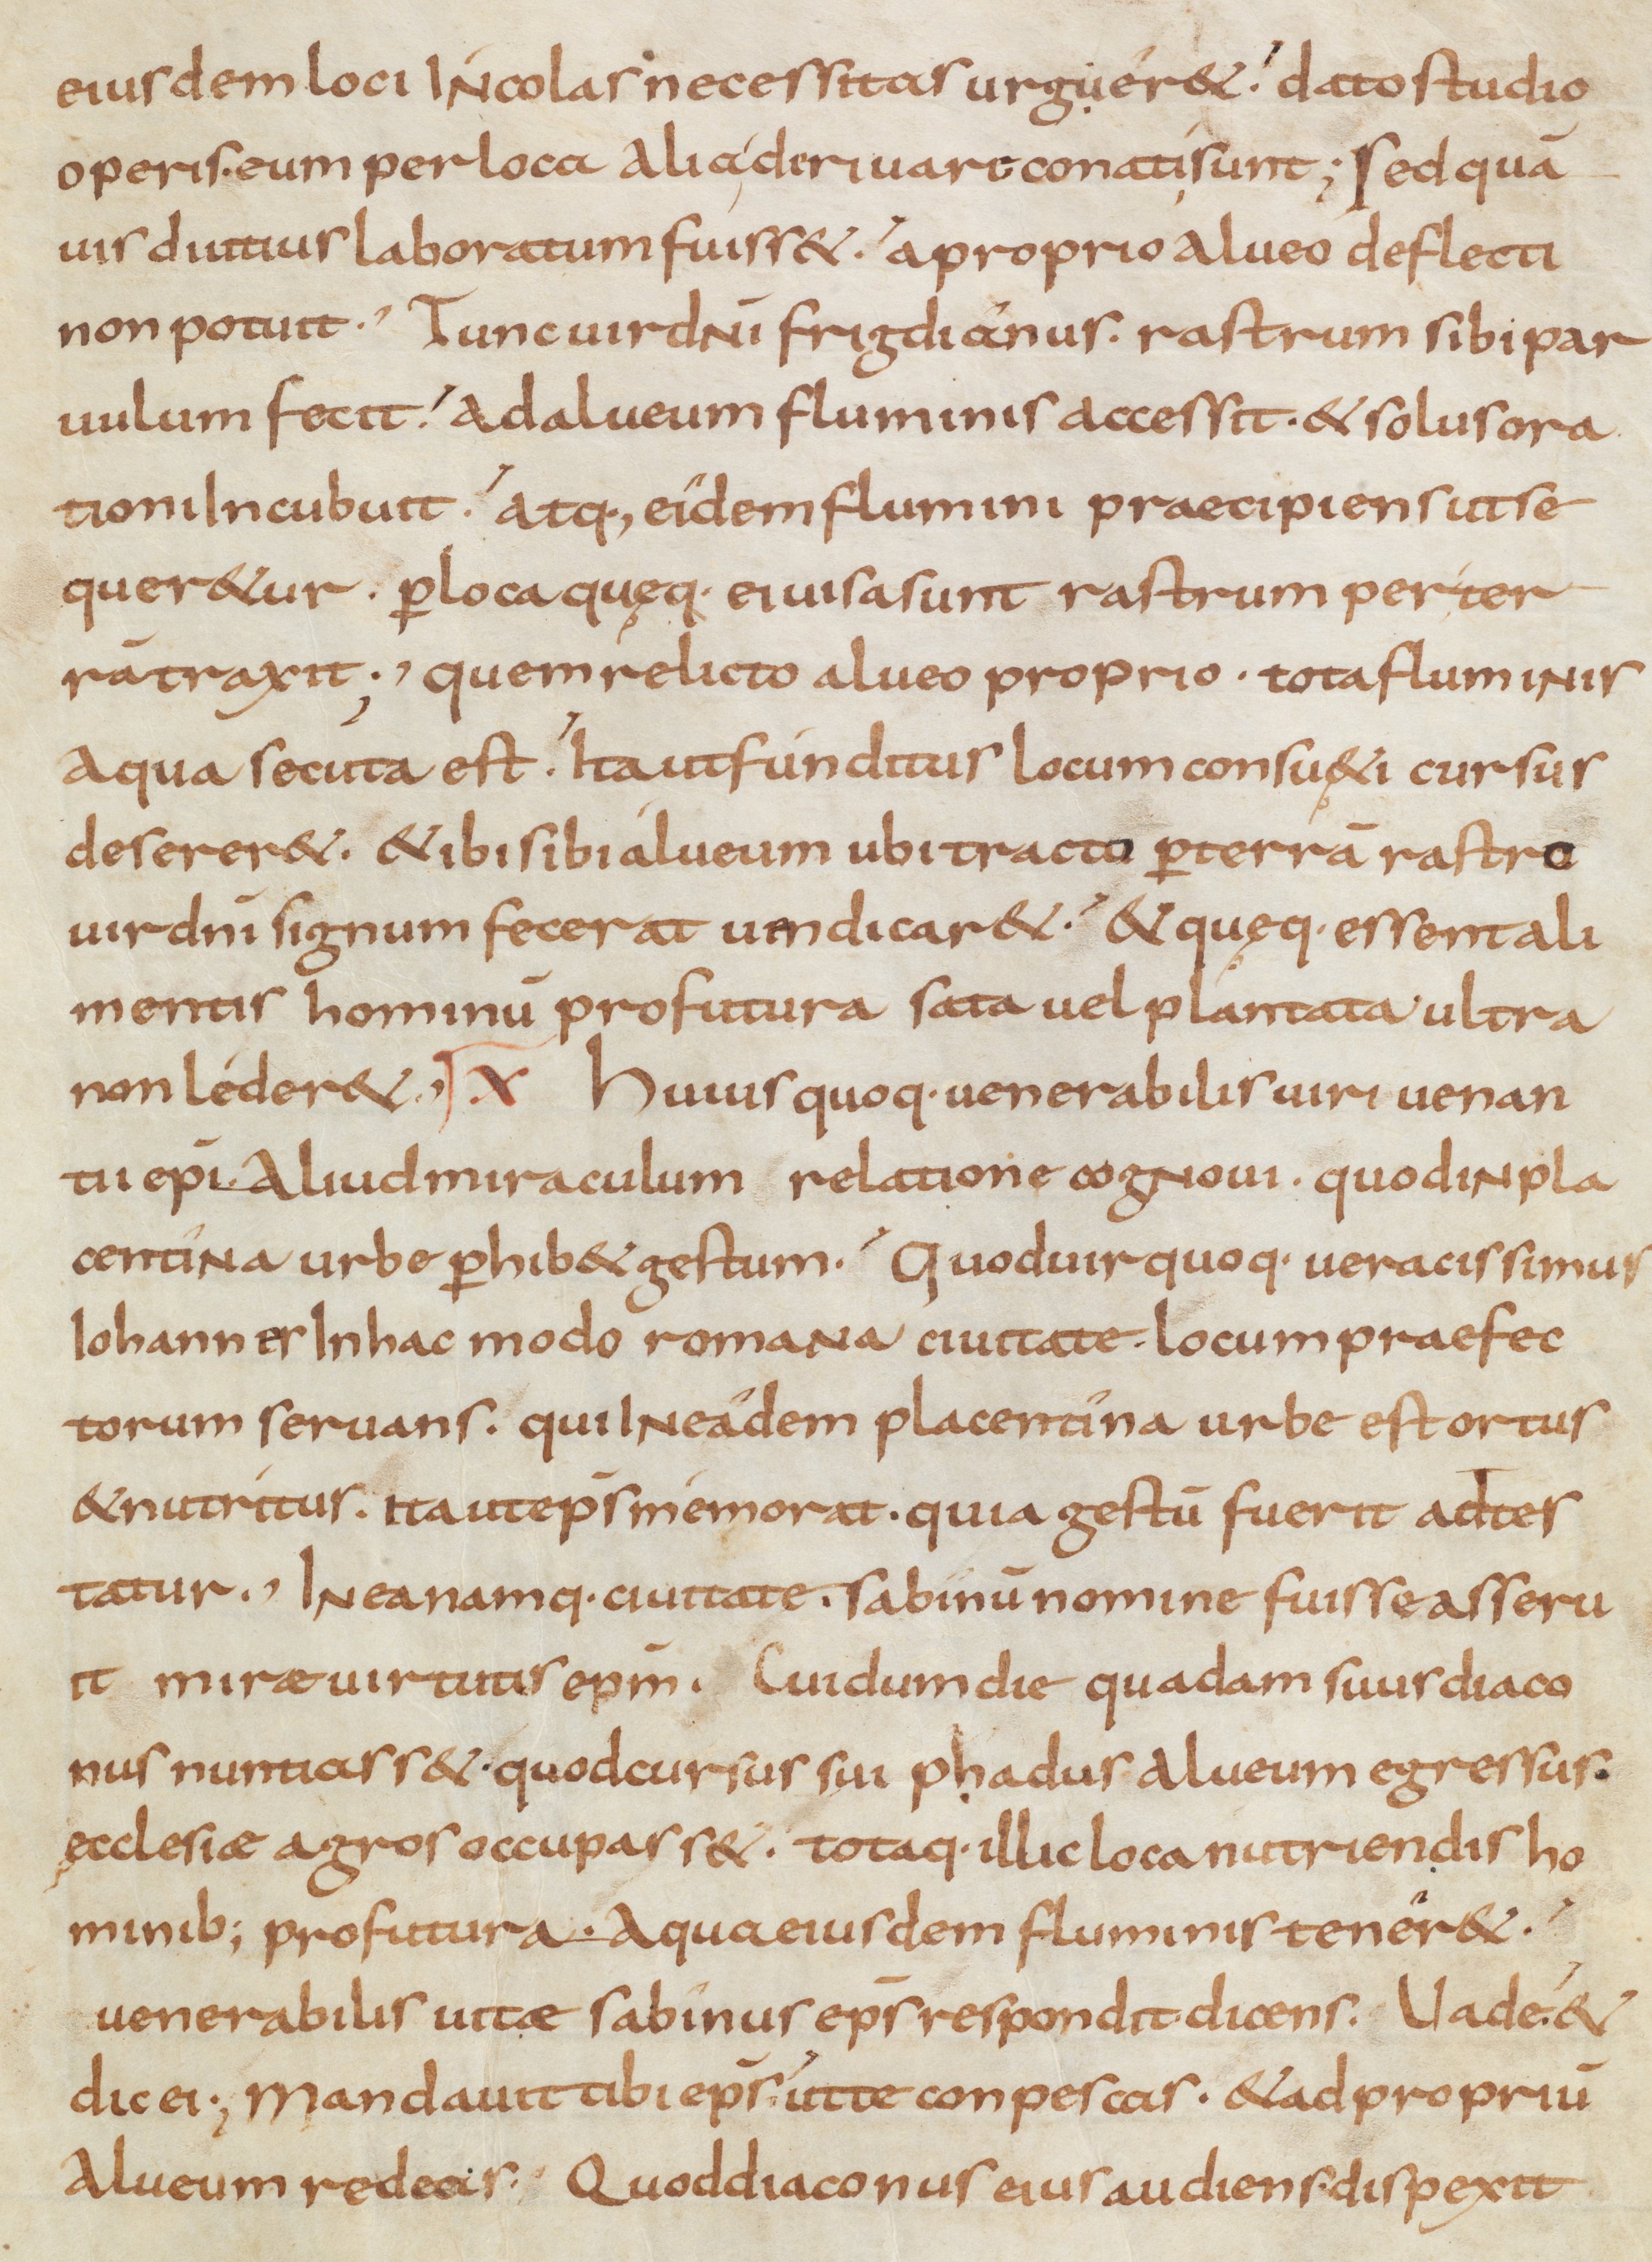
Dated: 900–999